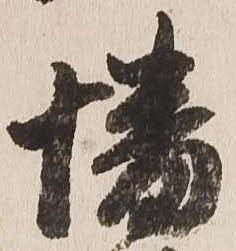
幡